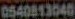
0540813040